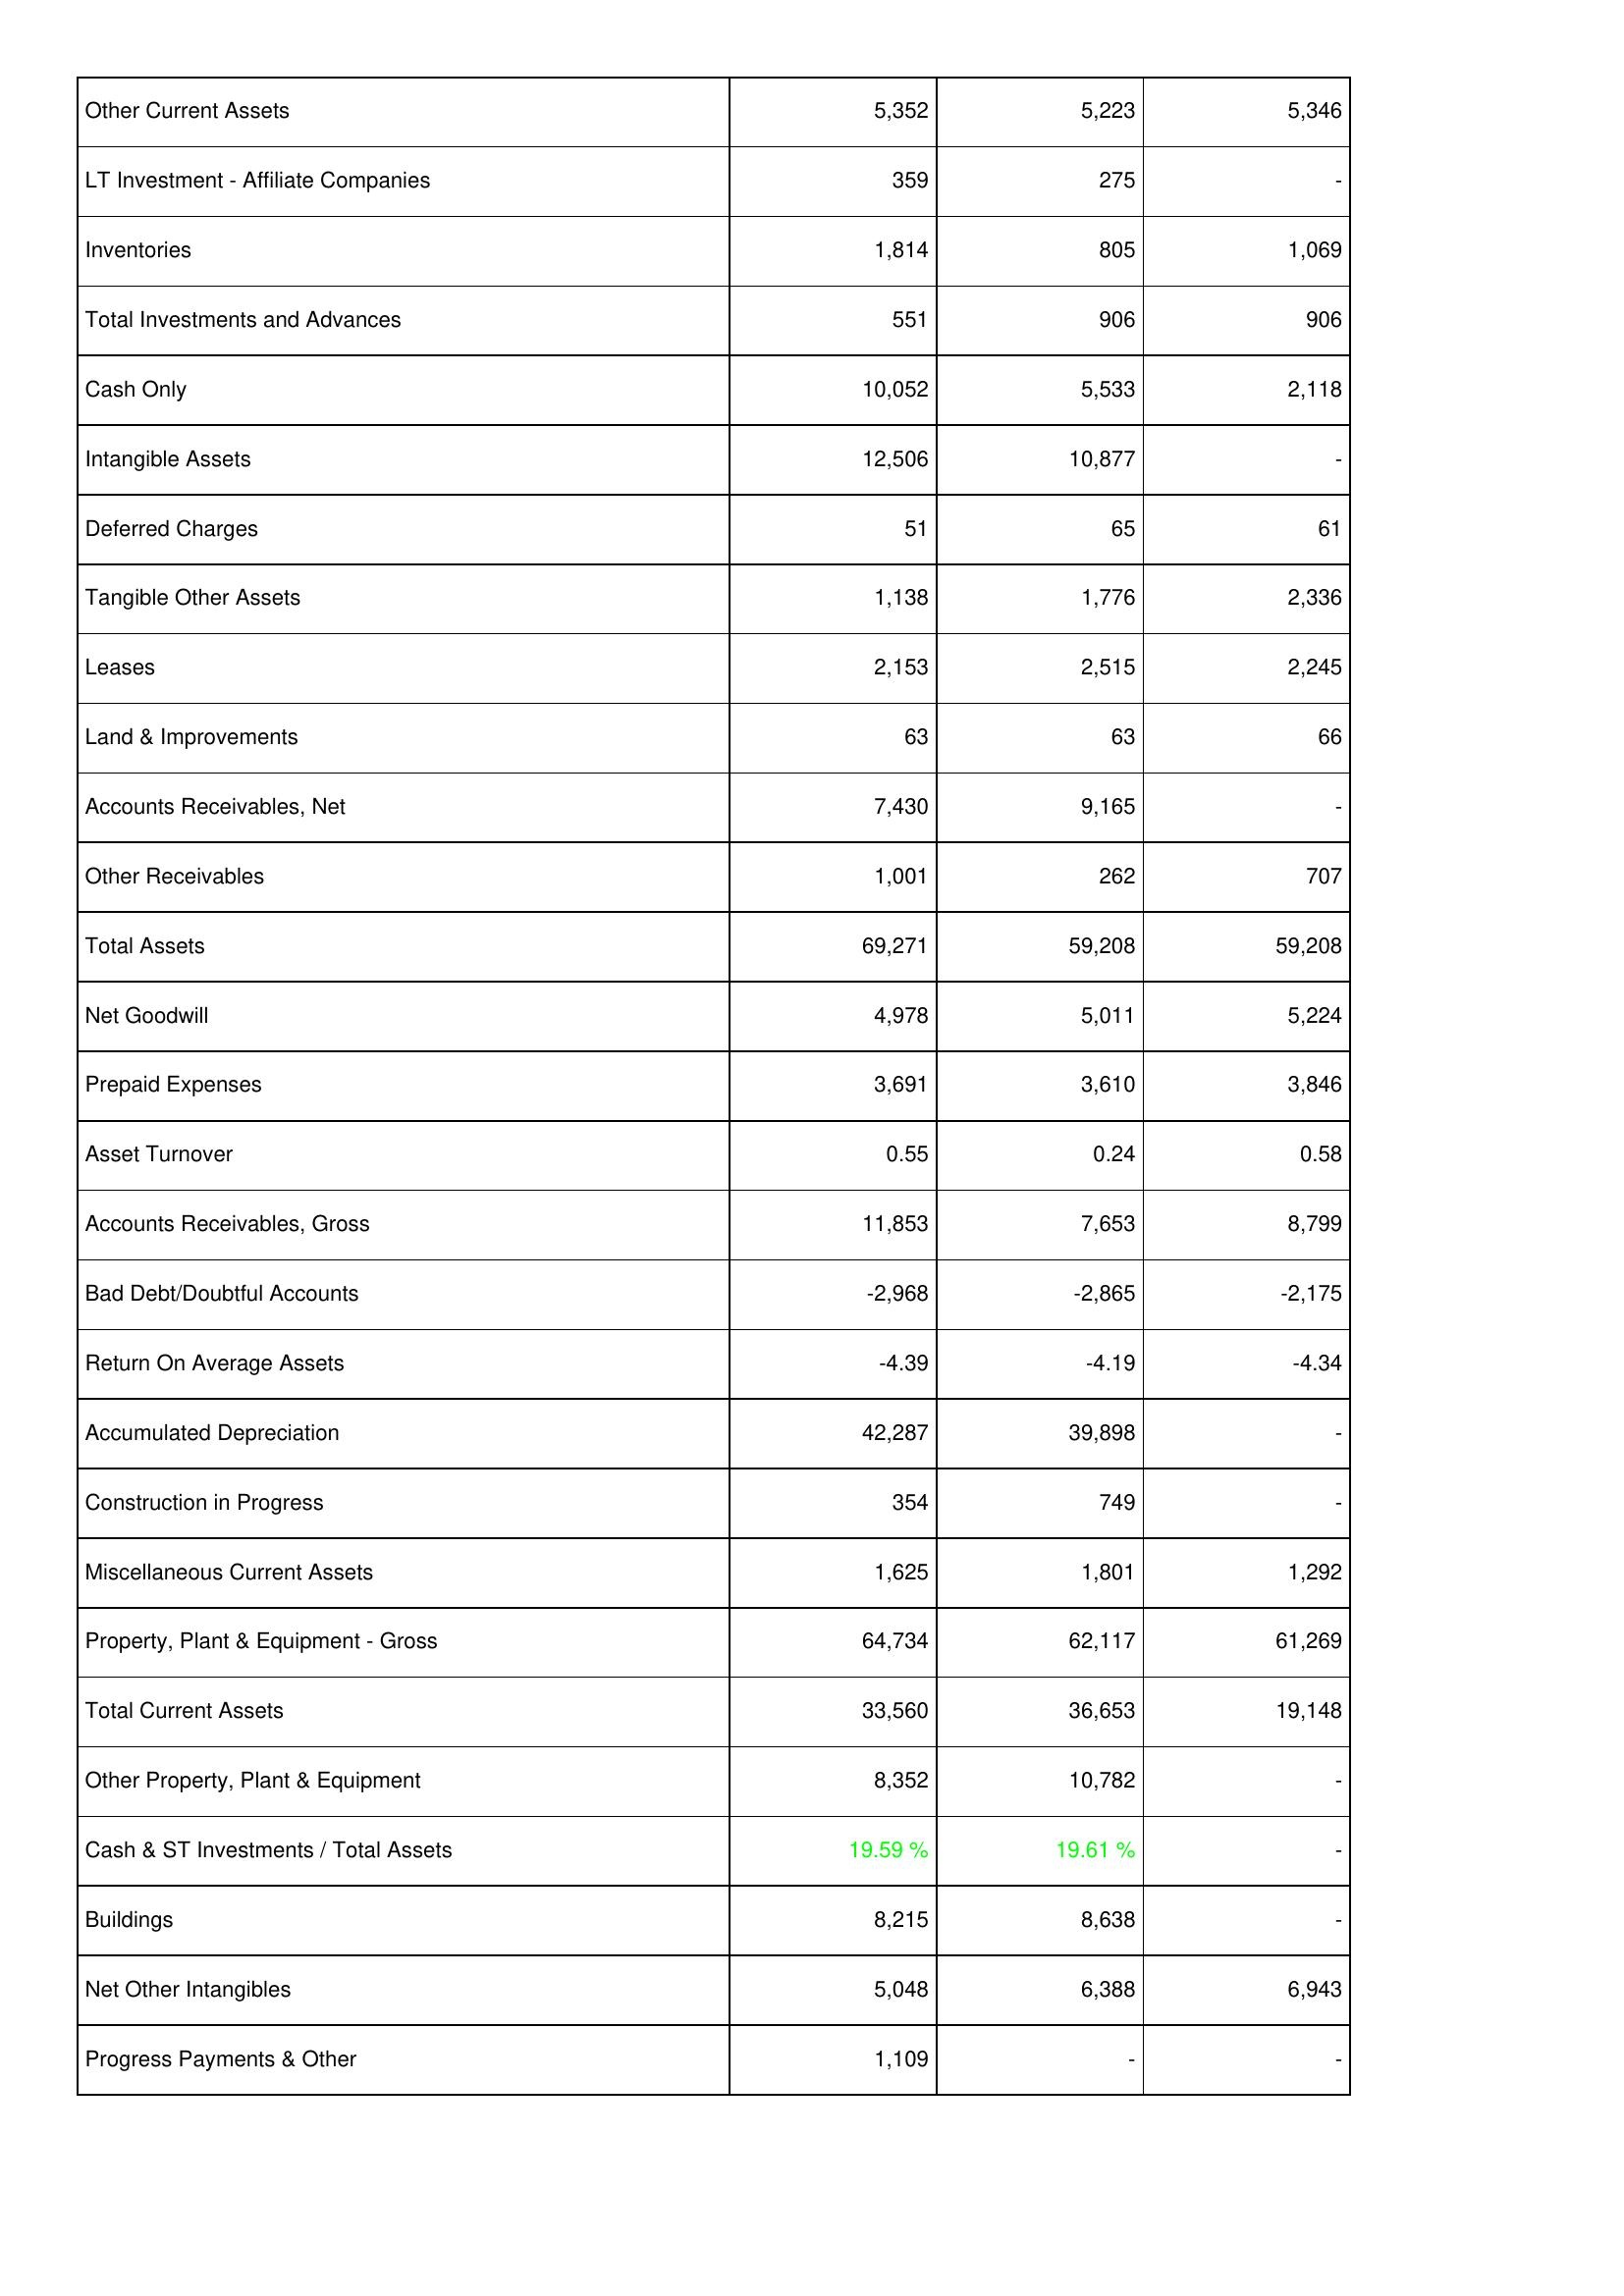
2012: Assets: Other Current Assets: 5,352
LT Investment - Affiliate Companies: 359
Inventories: 1,814
Total Investments and Advances: 551
Cash Only: 10,052
Intangible Assets: 12,506
Deferred Charges: 51
Tangible Other Assets: 1,138
Leases: 2,153
Land & Improvements: 63
Accounts Receivables, Net: 7,430
Other Receivables: 1,001
Total Assets: 69,271
Net Goodwill: 4,978
Prepaid Expenses: 3,691
Asset Turnover: 0.55
Accounts Receivables, Gross: 11,853
Bad Debt/Doubtful Accounts: -2,968
Return On Average Assets: -4.39
Accumulated Depreciation: 42,287
Construction in Progress: 354
Miscellaneous Current Assets: 1,625
Property, Plant & Equipment - Gross: 64,734
Total Current Assets: 33,560
Other Property, Plant & Equipment: 8,352
Cash & ST Investments / Total Assets: 19.59 %
Buildings: 8,215
Net Other Intangibles: 5,048
Progress Payments & Other: 1,109
2013: Assets: Other Current Assets: 5,223
LT Investment - Affiliate Companies: 275
Inventories: 805
Total Investments and Advances: 906
Cash Only: 5,533
Intangible Assets: 10,877
Deferred Charges: 65
Tangible Other Assets: 1,776
Leases: 2,515
Land & Improvements: 63
Accounts Receivables, Net: 9,165
Other Receivables: 262
Total Assets: 59,208
Net Goodwill: 5,011
Prepaid Expenses: 3,610
Asset Turnover: 0.24
Accounts Receivables, Gross: 7,653
Bad Debt/Doubtful Accounts: -2,865
Return On Average Assets: -4.19
Accumulated Depreciation: 39,898
Construction in Progress: 749
Miscellaneous Current Assets: 1,801
Property, Plant & Equipment - Gross: 62,117
Total Current Assets: 36,653
Other Property, Plant & Equipment: 10,782
Cash & ST Investments / Total Assets: 19.61 %
Buildings: 8,638
Net Other Intangibles: 6,388
Progress Payments & Other: -
2014: Assets: Other Current Assets: 5,346
LT Investment - Affiliate Companies: -
Inventories: 1,069
Total Investments and Advances: 906
Cash Only: 2,118
Intangible Assets: -
Deferred Charges: 61
Tangible Other Assets: 2,336
Leases: 2,245
Land & Improvements: 66
Accounts Receivables, Net: -
Other Receivables: 707
Total Assets: 59,208
Net Goodwill: 5,224
Prepaid Expenses: 3,846
Asset Turnover: 0.58
Accounts Receivables, Gross: 8,799
Bad Debt/Doubtful Accounts: -2,175
Return On Average Assets: -4.34
Accumulated Depreciation: -
Construction in Progress: -
Miscellaneous Current Assets: 1,292
Property, Plant & Equipment - Gross: 61,269
Total Current Assets: 19,148
Other Property, Plant & Equipment: -
Cash & ST Investments / Total Assets: -
Buildings: -
Net Other Intangibles: 6,943
Progress Payments & Other: -